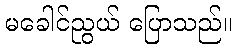
မခေါင်ညွယ် ပြောသည်။